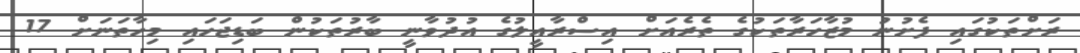
ރަށްތަކުގައި ފެށުނު މުޒާހަރާތަކުގެ ތެރެއަށް އިސްރާއީލުގެ އުދުވާނީ ބާރުތަކުން ބަޑިޖަހައި މިހާތަނަށް 17